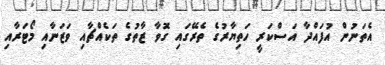
އެތަނުން އުފައްދާ އަސްކަރީ ހަތިޔާރުގެ ތެރޭގައި ގޮވާ ޒާތުގެ ތަކެއްޗާއި ވަޒަނާއި މޯޓަރާއި